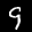
Label: 9